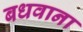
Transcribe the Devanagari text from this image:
बधवाना